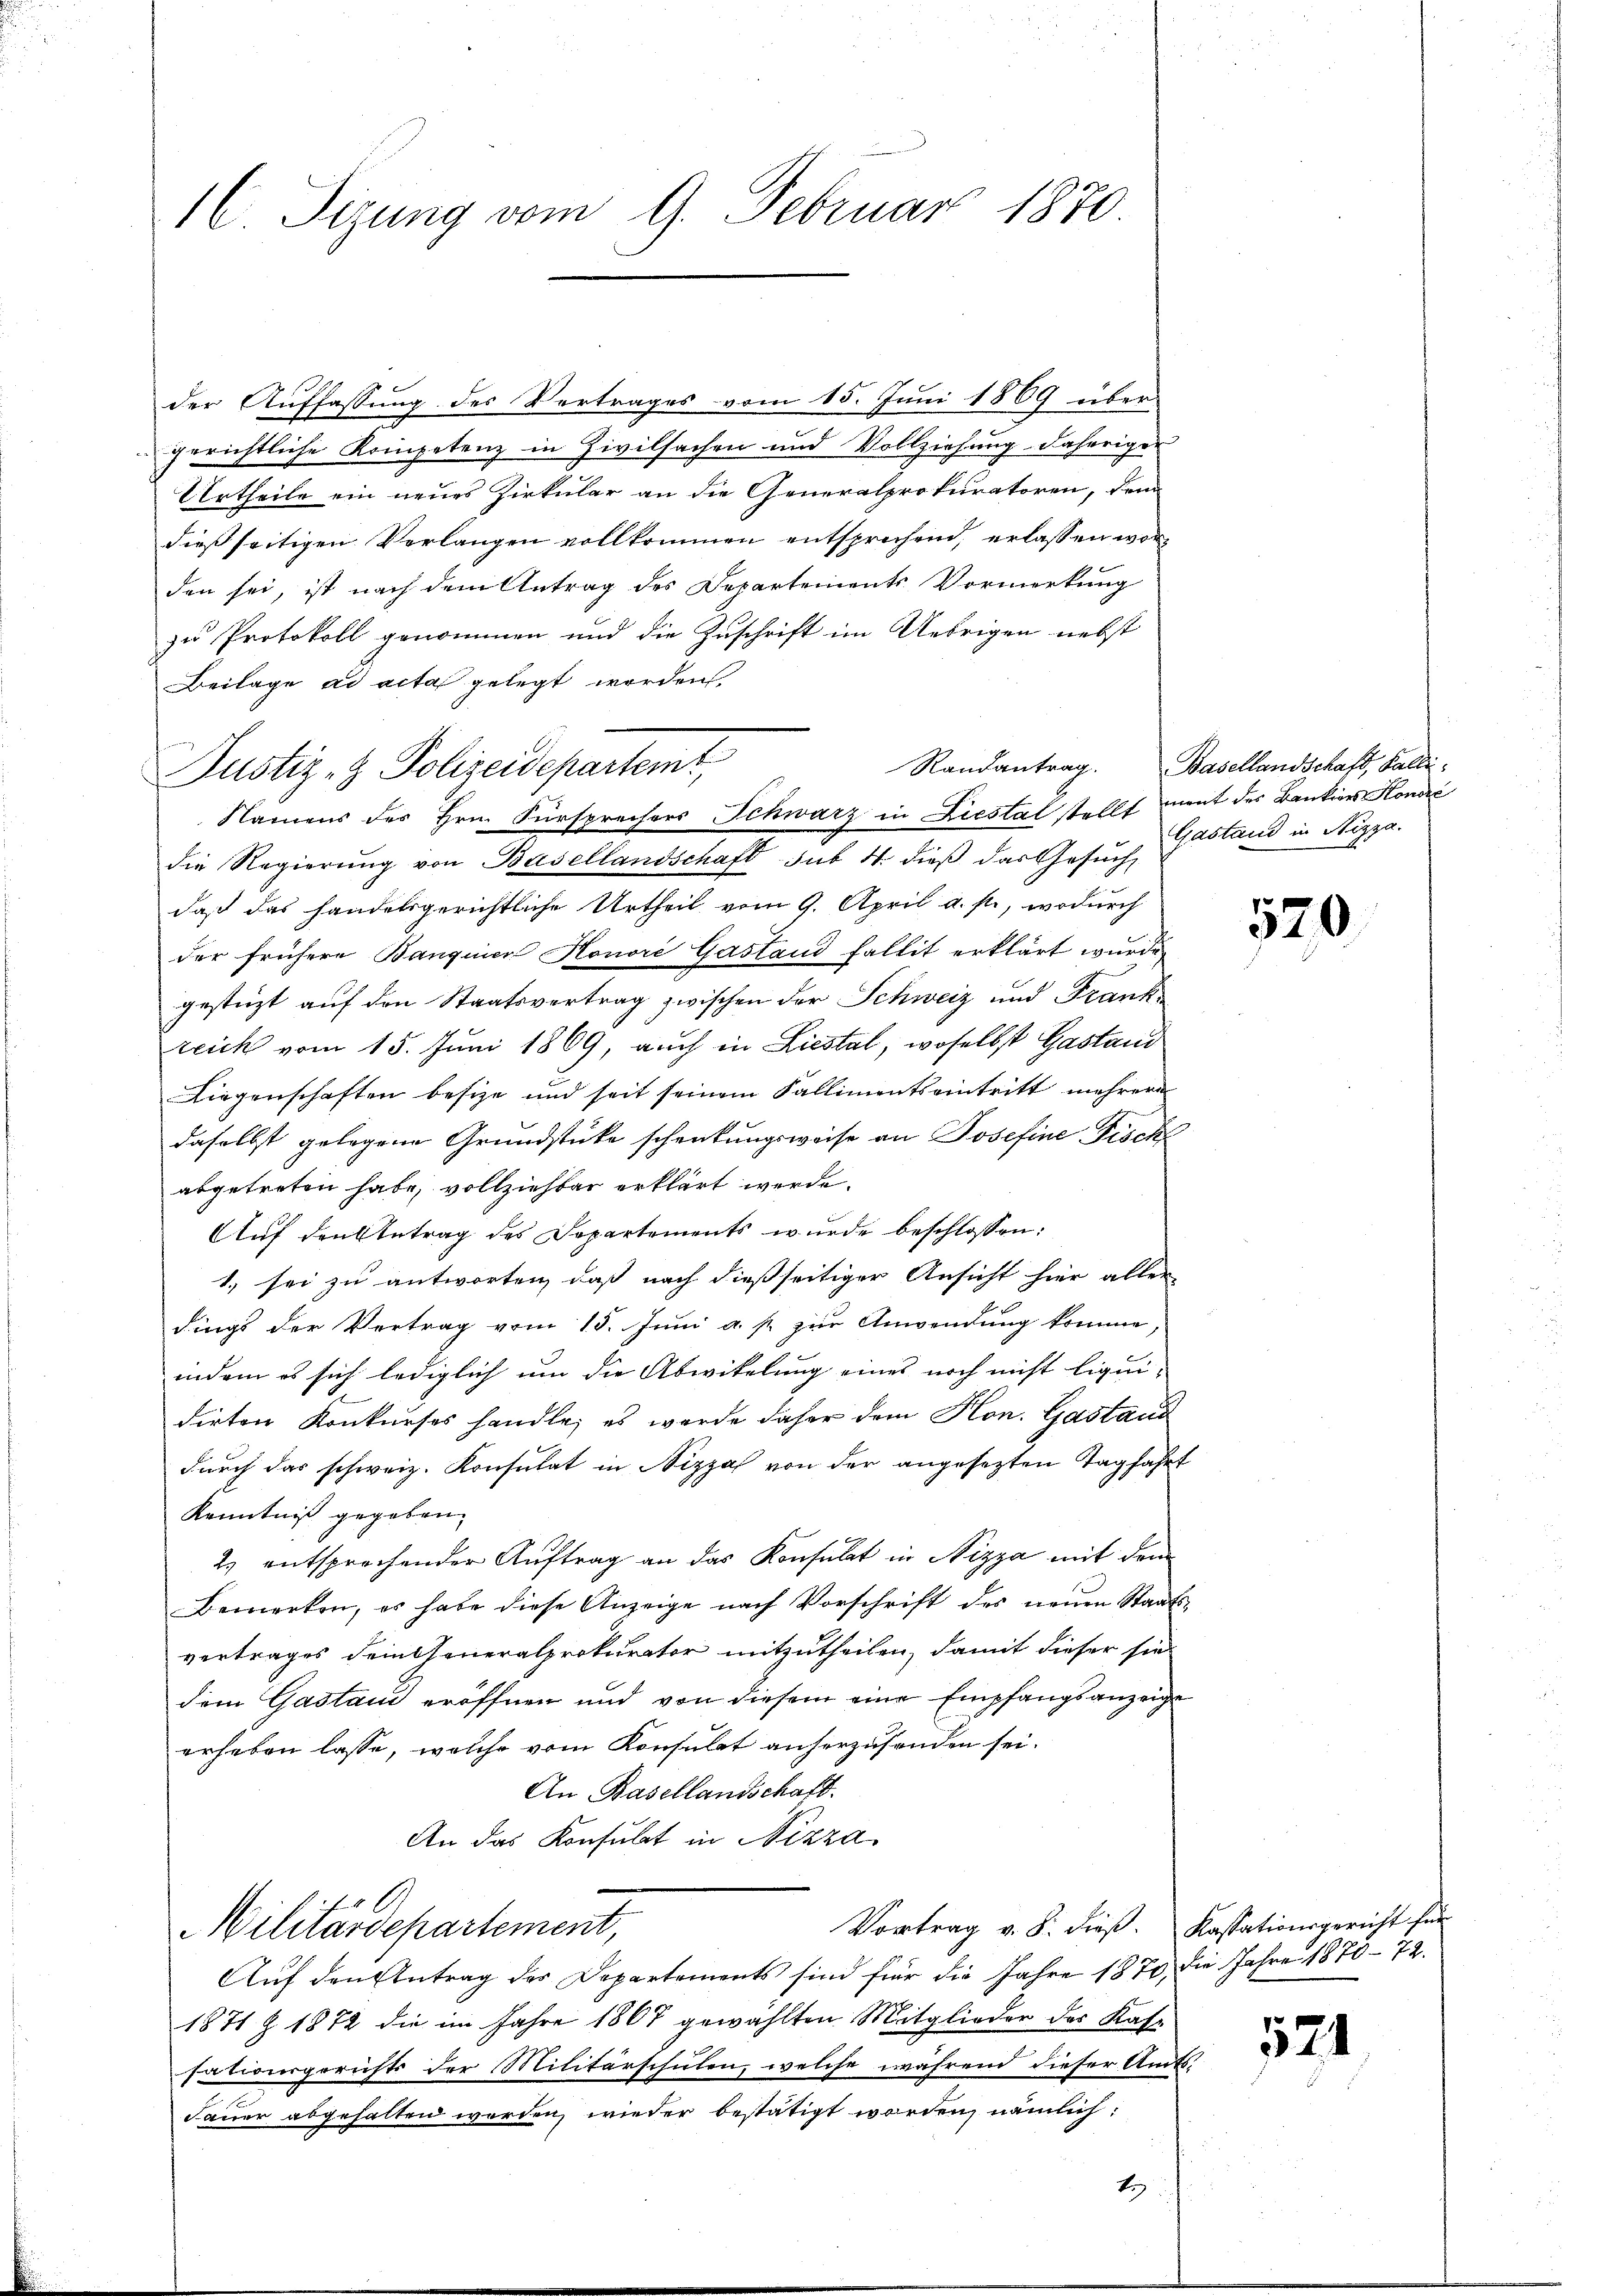
16 Sizung vom 9. Februar 1870.

der Auffassung des Vertrages vom 15. Juni 1869 über-
gerichtliche Kompetenz in Zivilsachen und Vollziehung daheriger
Urtheile ein neues Zirkular an die Generalprokuratoren, denn
dießseitigen Verlangen vollkommen entsprechend, erlassen worden sei, ist nach dem Antrag des Departements Vormerkung
zu Protokoll genommen und die Zuschrift im Uebrigen nebst
Beilage ad acta gelegt worden,
Randantrag.
die Regierung von Basellandschaft sub. 4. dieß das Gesuch Gastand in Nizza
daß das handelsgerichtliche Urtheil vom 9. April a. p., wodurch
der frühere Banquier Honori Gastand fallit erklärt wurde,
gestüzt auf den Staatsvertrag zwischen der Schweiz und Frankreich vom 15. Juni 1869, auch in Liestal, woselbst Gastand
Liegenschaften besize und seit seinem Fallimentseintritt mehrere
daselbst gelegene Grundstücke schenkungsweise an Josefine Fisch
abgetreten habe, vollziehbar erklärt werde.
Auf den Antrag des Departements wurde beschlossen:
1. sei zu antworten, daß nach dießseitiger Ansicht hier aller
dings der Vertrag vom 15. Juni a. p. zur Anwendung komme,
indem es sich lediglich um die Abwikelung eines noch nicht liquidirten Konkurses handle, es werde daher dem Hon. Gastand
durch das schweiz. Konsulat in Nizza von der angesezten Tagfahrt
Kenntniß gegeben.
2) entsprechender Auftrag an das Konsulat in Nizza mit dem
Bemerken, es habe diese Anzeige nach Vorschrift des neŭen Staats-
vertrages dem Generalprokurator mitzutheilen, damit dieser sie
dem Gastand eröffnen und von diesem eine Empfangsanzeige
erheben lasse, welche vom Konsulat anherzusenden sei.
An Basellandschaft.
An das Konsulat in Nizza,
Vortrag v. 8. dieß. Kassationsgericht für
Militärdepartement,
Auf den Antrag des Departements sind für die Jahre 1870 die Jahre 1870 - 72.
1871 § 1872 die im Jahre 1867 gewählten Mitglieder des Kassationsgerichts der Militärschulen, welche während dieser Amts-
Dauer abgehalten worden, wieder bestätigt worden, nämlich:
t

Justiz- & Polizeidepartemt,
Namens des Hrn. Fürsprechers Schwarz in Liestal stellt ment des Bankiers Honori

Basellandschaft, Falli

520

524.